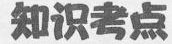
知识考点